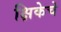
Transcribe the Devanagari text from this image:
क्षिकेचे